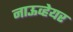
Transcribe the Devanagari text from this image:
नाऊव्हेयर